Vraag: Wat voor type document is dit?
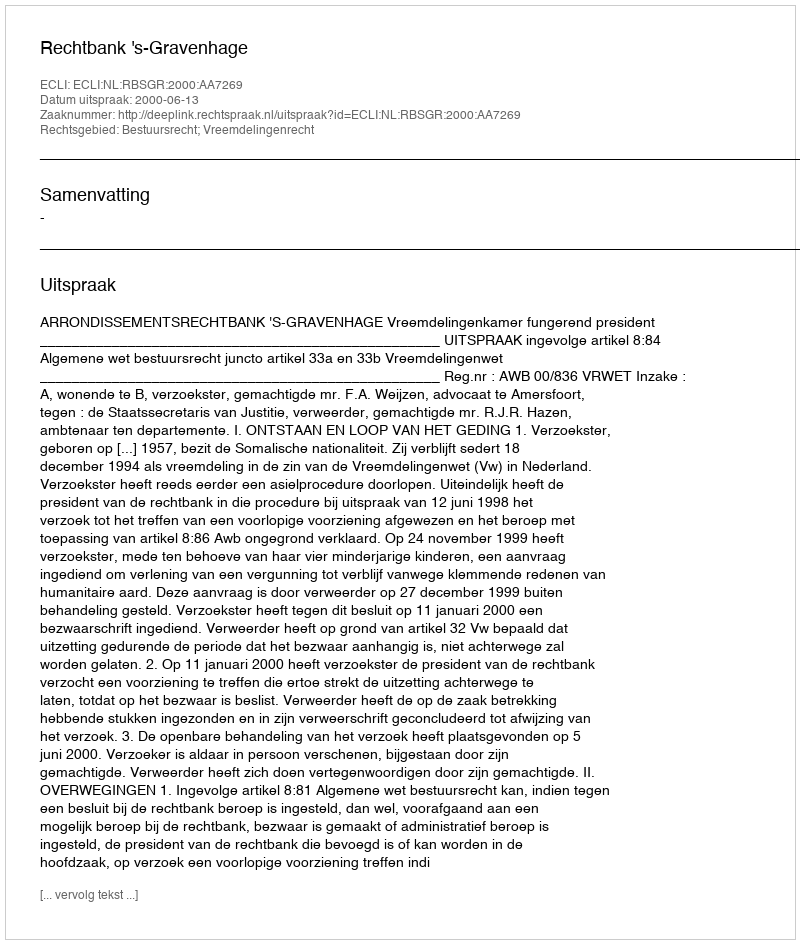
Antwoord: Uitspraak